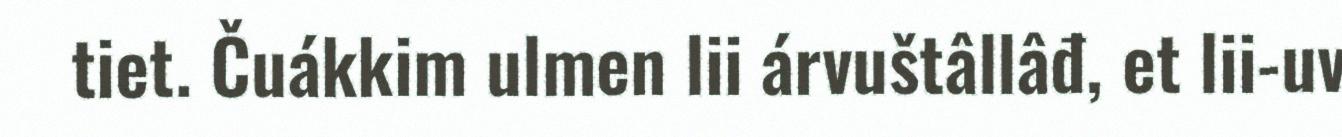
tiet. Čuákkim ulmen lii árvuštâllâđ, et lii-uv